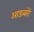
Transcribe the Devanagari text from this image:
आडब्बरों